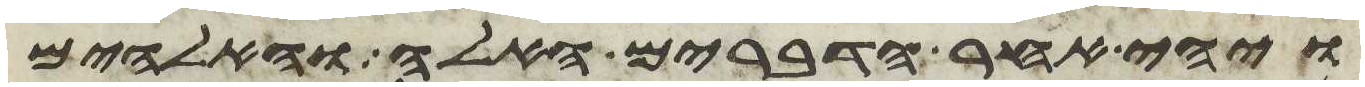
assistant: ויהי אחר הדברים האלה והאלהים